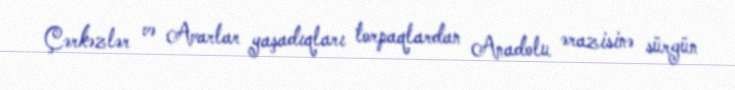
Çərkəzlər və Avarlar yaşadıqları torpaqlardan Anadolu ərazisinə sürgün